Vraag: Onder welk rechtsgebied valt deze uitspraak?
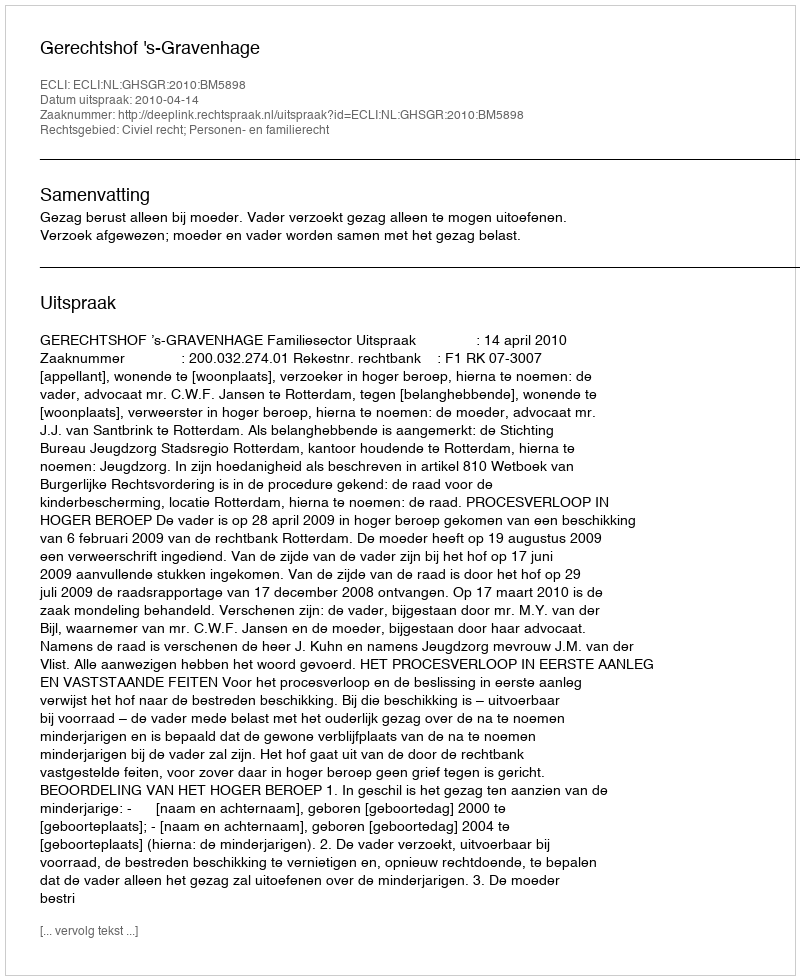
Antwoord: Civiel recht; Personen- en familierecht